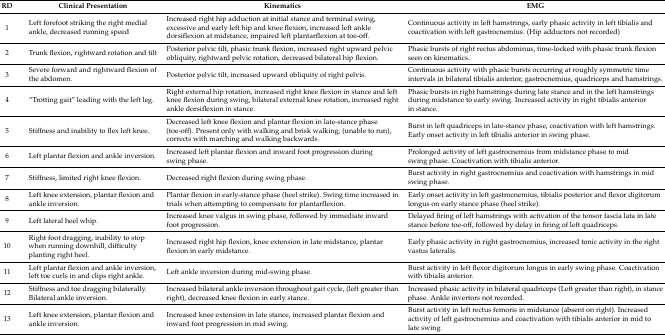
<table><thead><tr><td><b>RD</b></td><td><b>Clinical Presentation</b></td><td><b>Kinematics</b></td><td><b>EMG</b></td></tr></thead><tbody><tr><td>1</td><td>Left forefoot striking the right medial ankle, decreased running speed</td><td>Increased right hip adduction at initial stance and terminal swing, excessive and early left hip and knee flexion, increased left ankle dorsiflexion at midstance, impaired left plantarflexion at toe-off. </td><td>Continuous activity in left hamstrings, early phasic activity in left tibialis and coactivation with left gastrocnemius. (Hip adductors not recorded)</td></tr><tr><td>2</td><td>Trunk flexion, rightward rotation and tilt</td><td>Posterior pelvic tilt, phasic trunk flexion, increased right upward pelvic obliquity, rightward pelvic rotation, decreased bilateral hip flexion.</td><td>Phasic bursts of right rectus abdominus, time-locked with phasic trunk flexion seen on kinematics.</td></tr><tr><td>3</td><td>Severe forward and rightward flexion of the abdomen.</td><td>Posterior pelvic tilt, increased upward obliquity of right pelvis.</td><td>Continuous activity with phasic bursts occurring at roughly symmetric time intervals in bilateral tibialis anterior, gastrocnemius, quadriceps and hamstrings. </td></tr><tr><td>4</td><td>“Trotting gait” leading with the left leg.</td><td>Right external hip rotation, increased right knee flexion in stance and left knee flexion during swing, bilateral external knee rotation, increased right ankle dorsiflexion in stance.</td><td>Phasic bursts in right hamstrings during late stance and in the left hamstrings during midstance to early swing. Increased activity in right tibialis anterior in stance.</td></tr><tr><td>5</td><td>Stiffness and inability to flex left knee.</td><td>Decreased left knee flexion and plantar flexion in late-stance phase (toe-off). Present only with walking and brisk walking, (unable to run), corrects with marching and walking backwards.</td><td>Burst in left quadriceps in late-stance phase, coactivation with left hamstrings. Early onset activity in left tibialis anterior in swing phase.</td></tr><tr><td>6</td><td>Left plantar flexion and ankle inversion.</td><td>Increased left plantar flexion and inward foot progression during swing phase.</td><td>Prolonged activity of left gastrocnemius from midstance phase to mid swing phase. Coactivation with tibialis anterior. </td></tr><tr><td>7</td><td>Stiffness, limited right knee flexion.</td><td>Decreased right flexion during swing phase.</td><td>Burst activity in right gastrocnemius and coactivation with hamstrings in mid swing phase.</td></tr><tr><td>8</td><td>Left knee extension, plantar flexion and ankle inversion.</td><td>Plantar flexion in early-stance phase (heel strike). Swing time increased in trials when attempting to compensate for plantarflexion.</td><td>Early onset activity in left gastrocnemius, tibialis posterior and flexor digitorum longus on early stance phase (heel strike).</td></tr><tr><td>9</td><td>Left lateral heel whip.</td><td>Increased knee valgus in swing phase, followed by immediate inward foot progression.</td><td>Delayed firing of left hamstrings with activation of the tensor fascia lata in late stance before toe-off, followed by delay in firing of left quadriceps. </td></tr><tr><td>10</td><td>Right foot dragging, inability to stop when running downhill, difficulty planting right heel.</td><td>Increased right hip flexion, knee extension in late midstance, plantar flexion in early midstance.</td><td>Early phasic activity in right gastrocnemius, increased tonic activity in the right vastus lateralis.</td></tr><tr><td>11</td><td>Left plantar flexion and ankle inversion, left toe curls in and clips right ankle.</td><td>Left ankle inversion during mid-swing phase.</td><td>Burst activity in left flexor digitorum longus in early swing phase. Coactivation with tibialis anterior.</td></tr><tr><td>12</td><td>Stiffness and toe dragging bilaterally. Bilateral ankle inversion.</td><td>Increased bilateral ankle inversion throughout gait cycle, (left greater than right), decreased knee flexion in early stance.</td><td>Increased phasic activity in bilateral quadriceps (Left greater than right), in stance phase. Ankle invertors not recorded.</td></tr><tr><td>13</td><td>Left knee extension, plantar flexion and ankle inversion.</td><td>Increased knee extension in late stance, increased plantar flexion and inward foot progression in mid swing.</td><td>Burst activity in left rectus femoris in midstance (absent on right). Increased activity of left gastrocnemius and coactivation with tibialis anterior in mid to late swing.</td></tr></tbody></table>